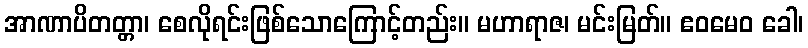
အာဏာပိတတ္တာ၊ စေလိုရင်းဖြစ်သောကြောင့်တည်း။ မဟာရာဇ၊ မင်းမြတ်။ ဧဝမေဝ ခေါ၊